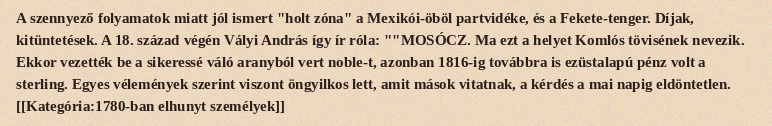
A szennyező folyamatok miatt jól ismert "holt zóna" a Mexikói-öböl partvidéke, és a Fekete-tenger. Díjak, kitüntetések. A 18. század végén Vályi András így ír róla: ""MOSÓCZ. Ma ezt a helyet Komlós tövisének nevezik. Ekkor vezették be a sikeressé váló aranyból vert noble-t, azonban 1816-ig továbbra is ezüstalapú pénz volt a sterling. Egyes vélemények szerint viszont öngyilkos lett, amit mások vitatnak, a kérdés a mai napig eldöntetlen. [[Kategória:1780-ban elhunyt személyek]]